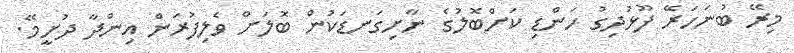
މިރޭ ބުނަހަރޭ ފޫޅުދިގު ހަންޑި ކަށްބޮލުގެ ނާށިގަނޑަކުން ބޮލަށް ވެލިފުރަން އިންދާ ދުށީމޭ.